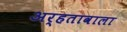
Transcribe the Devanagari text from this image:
अर्हतावाला